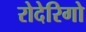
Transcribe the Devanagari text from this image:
रोदेरिगो